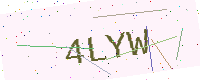
Text: 4LYW